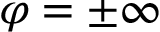
\varphi = \pm \infty